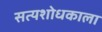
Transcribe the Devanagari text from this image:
सत्यशोधकाला